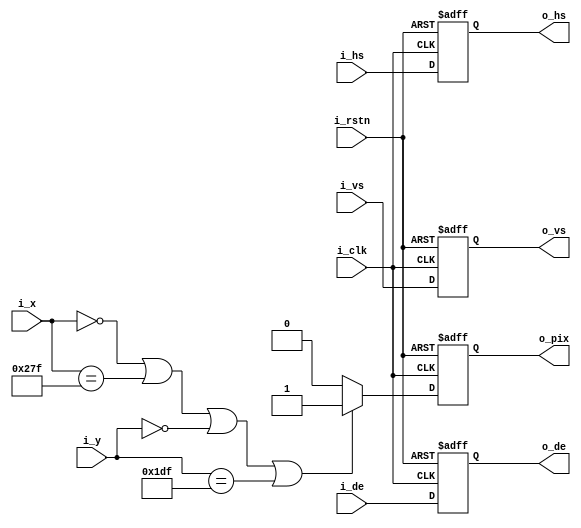
`timescale 1ns / 1ps

module image_generator (
  input             i_clk,
  input             i_rstn,
  input             i_de,
  input             i_hs,
  input             i_vs,
  input      [10:0] i_x,
  input      [10:0] i_y,
  output reg        o_de,
  output reg        o_hs,
  output reg        o_vs,
  output reg        o_pix
);
  
  always @(posedge i_clk, negedge i_rstn) begin
    if (!i_rstn) begin
      o_de  <= 0;
      o_hs  <= 0;
      o_vs  <= 0;
      o_pix <= 0;
    end else begin
      o_de  <= i_de;
      o_hs  <= i_hs;
      o_vs  <= i_vs;
      if (i_x == 0 || i_x == 639 || i_y == 0 || i_y == 479) begin
        o_pix <= 1'b1;
      end else begin
        o_pix <= 1'b0;
      end
    end
  end
  
endmodule